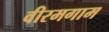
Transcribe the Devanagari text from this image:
वीरमगाम